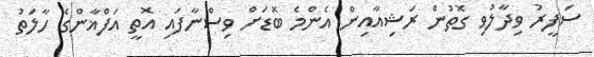
ސަފީރު ވިދާލުވި ގޮތުން ރަޝިއާއިން އެންމެ ބޮޑަށް ވިސްނާފައި އޮތީ އަފްޣާންގެ ހާލަތު